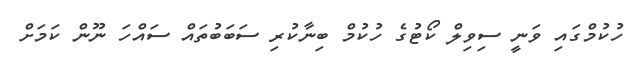
ހުކުމްގައި ވަނީ ސިވިލް ކޯޓުގެ ހުކުމް ބިނާކުރި ސަބަބުތައް ސައްހަ ނޫން ކަމަށް